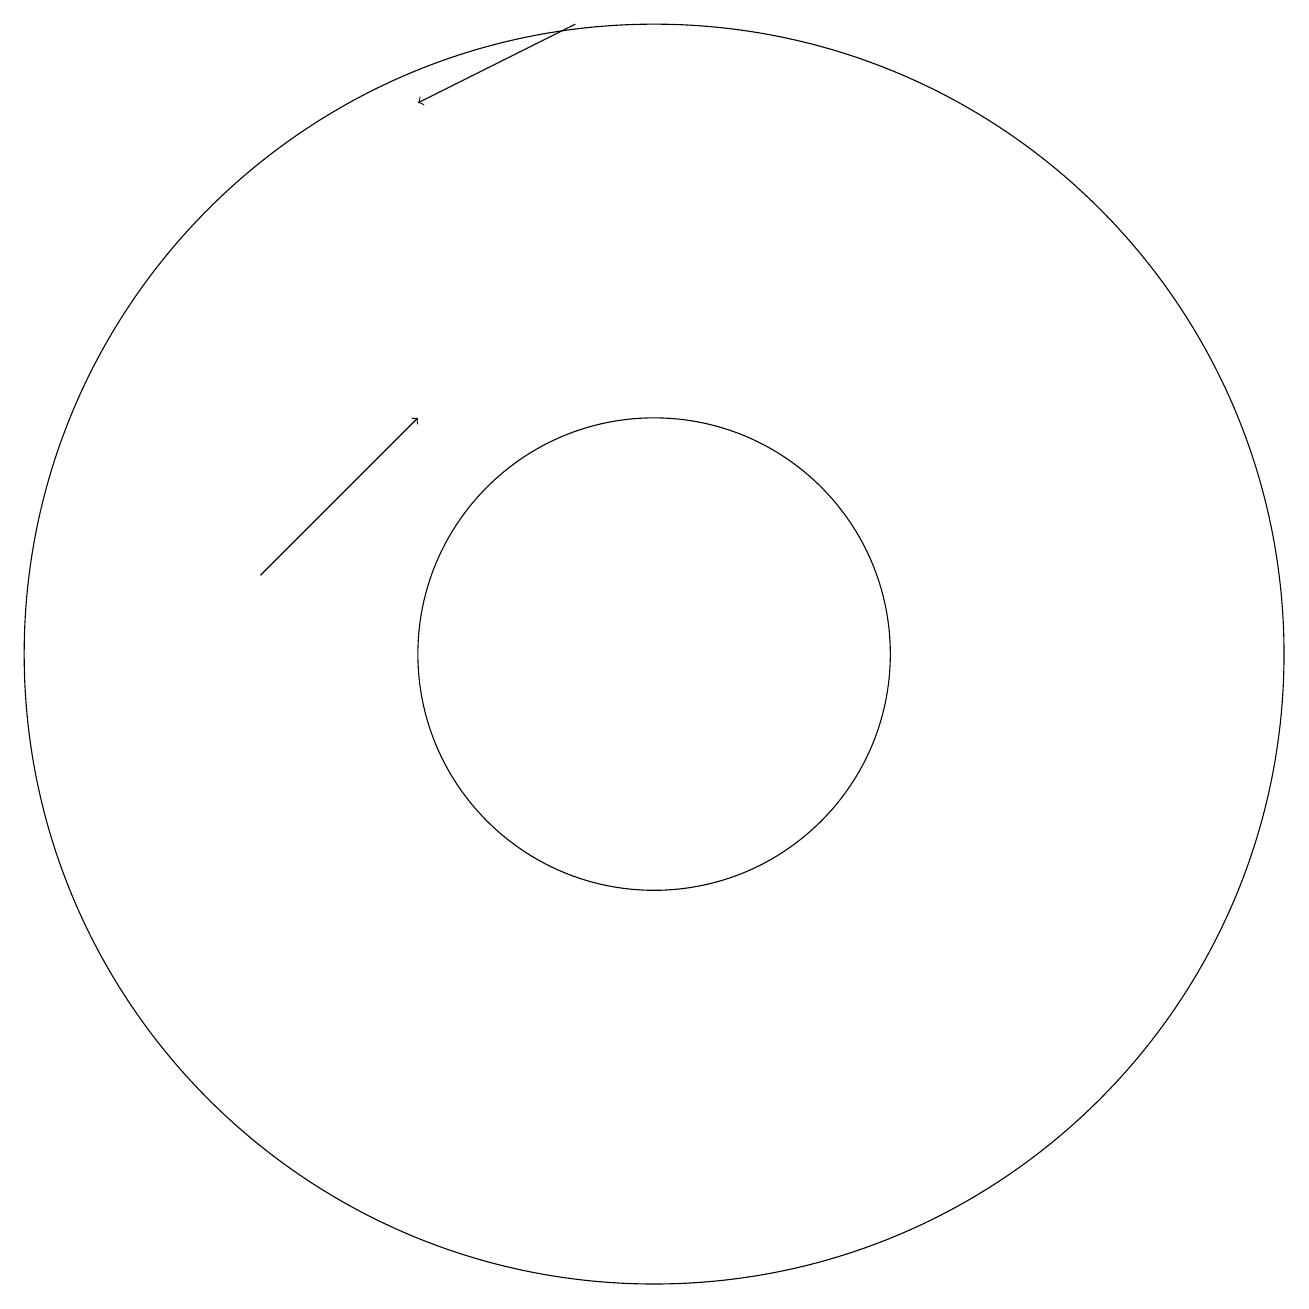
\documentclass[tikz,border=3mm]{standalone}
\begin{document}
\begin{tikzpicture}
\draw (10,11) circle (3);
\draw[->] (9,19) -- (7,18);
\draw (10,11) circle (8);
\draw[->] (5,12) -- (7,14);
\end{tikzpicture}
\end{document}